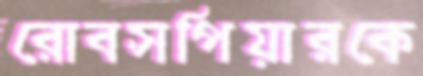
রোবসপিয়ারকে